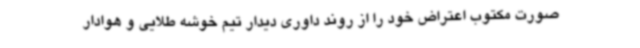
صورت مکتوب اعتراض خود را از روند داوری دیدار تیم خوشه طلایی و هوادار